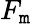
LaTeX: F_{\mathtt{m}}